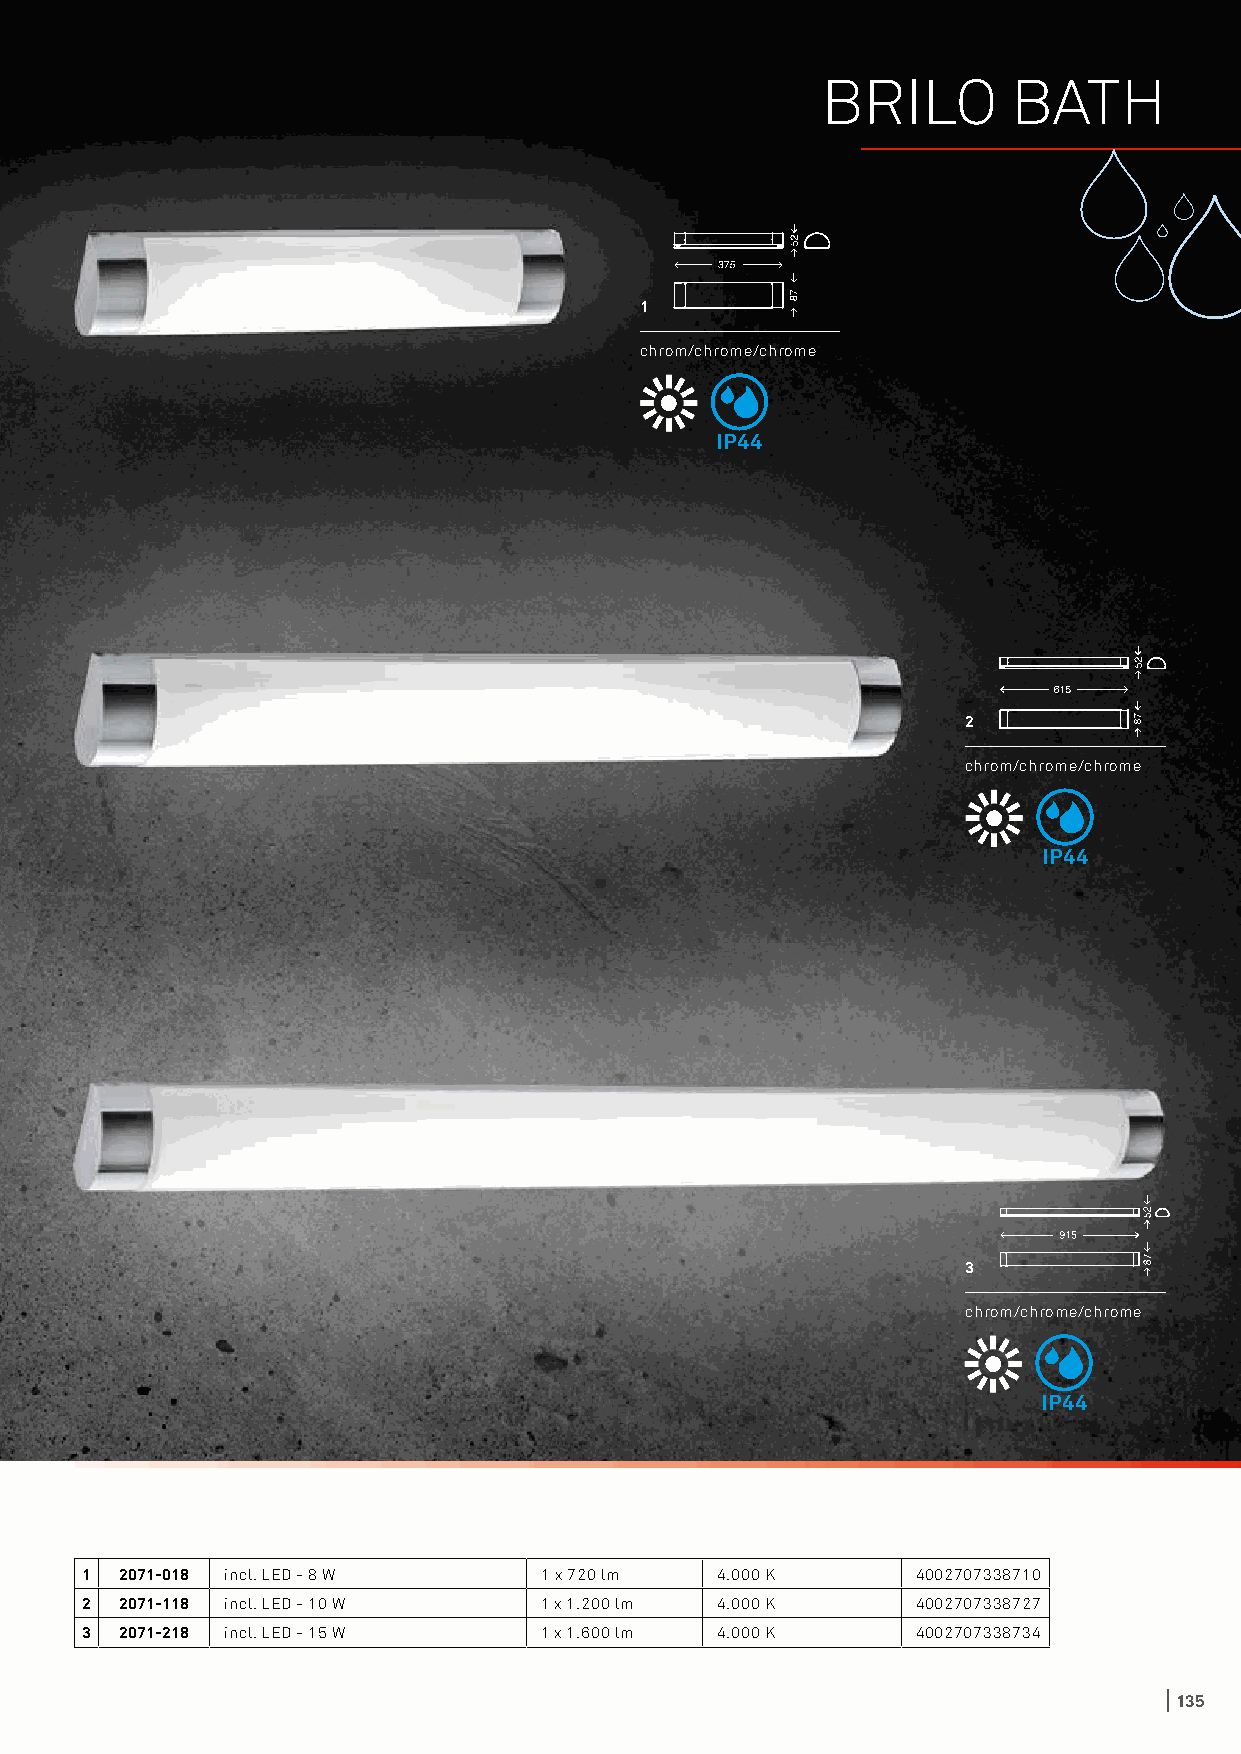
BRILO        BATH
 1
 chrom/chrome/chrome
 IP44
 2
 chrom/chrome/chrome
 IP44
 3
 chrom/chrome/chrome
 IP44
 1  2071-018 incl. LED - 8 W    1 x 720 lm 4.000 K       4002707338710
 2  2071-118 incl. LED - 10 W   1 x 1.200 lm 4.000 K     4002707338727
 3  2071-218 incl. LED - 15 W   1 x 1.600 lm 4.000 K     4002707338734
 135